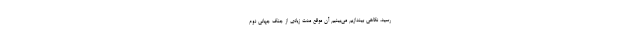
رسید، نگاهی بیندازیم می‌بینیم آن موقع مدت زیادی از جنگ جهانی دوم